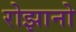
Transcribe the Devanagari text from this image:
रोझानो